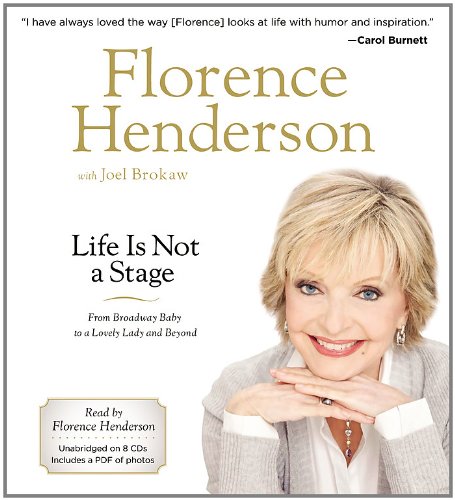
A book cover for Life Is Not a Stage: From Broadway Baby to a Lovely Lady and Beyond; Florence Henderson; Humor & Entertainment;